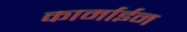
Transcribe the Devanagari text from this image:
कार्माईन